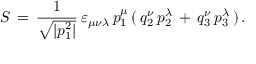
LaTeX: S \, = \, \frac { 1 } { \sqrt { | p _ { 1 } ^ { 2 } | } } \, \varepsilon _ { \mu \nu \lambda } \, p _ { 1 } ^ { \mu } \, ( \, q _ { 2 } ^ { \nu } \, p _ { 2 } ^ { \lambda } \, + \, q _ { 3 } ^ { \nu } \, p _ { 3 } ^ { \lambda } \, ) \, { . }